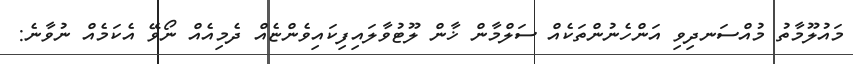
މައުލޫމާތު މުއްސަނދިވި އަންހެނުންތަކެއް ސަލްމާން ޚާން ލޫޓުވާލައިފިކައިވެންޏެއް ދެމިއެއް ނޯވޭ އެކަމެއް ނުވާނެ: